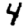
Digit: 4